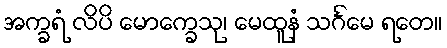
အက္ခရံ လိပိ မောက္ခေသု၊ မေထူနံ သင်္ဂမေ ရတေ။